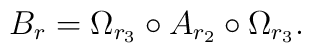
B_{r}=\Omega_{r_{3}}\circ A_{r_{2}}\circ \Omega_{r_{3}}.